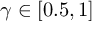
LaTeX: \gamma \in [ 0 . 5 , 1 ]